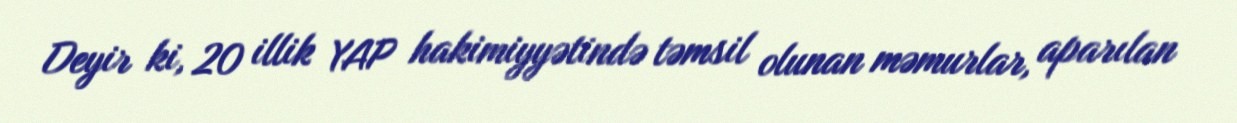
Deyir ki, 20 illik YAP hakimiyyətində təmsil olunan məmurlar, aparılan